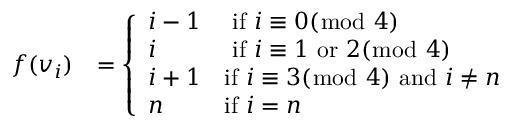
\begin{array} { r l } { f ( v _ { i } ) } & { = \left\{ \begin{array} { l l } { i - 1 } & { \mathrm { ~ i f ~ } i \equiv 0 ( \bmod ~ 4 ) } \\ { i } & { \mathrm { ~ i f ~ } i \equiv 1 \mathrm { ~ o r ~ } 2 ( \bmod ~ 4 ) } \\ { i + 1 } & { \mathrm { i f ~ } i \equiv 3 ( \bmod ~ 4 ) \mathrm { ~ a n d ~ } i \ne n } \\ { n } & { \mathrm { i f ~ } i = n } \end{array} \right. } \end{array}